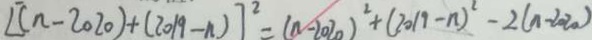
[ ( n - 2 0 2 0 ) + ( 2 0 1 9 - n ) ] ^ { 2 } = ( n - 2 0 2 0 ) ^ { 2 } + ( 2 0 1 9 - n ) ^ { 2 } - 2 ( n - 2 0 2 0 )